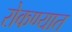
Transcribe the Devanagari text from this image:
रोकण्यात